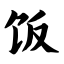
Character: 饭